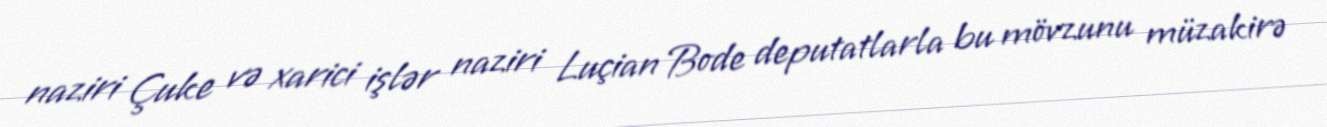
naziri Çuke və xarici işlər naziri Luçian Bode deputatlarla bu mövzunu müzakirə